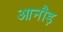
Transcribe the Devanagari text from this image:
आनौड़